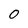
Character: 0